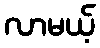
လာမယ့်